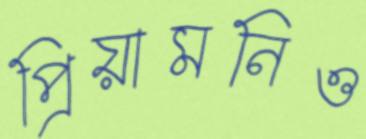
প্রিয়ামনিও